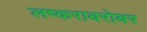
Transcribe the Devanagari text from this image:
लष्कराबरोबर